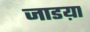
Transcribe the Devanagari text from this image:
जाडय़ा